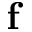
{ \bf f }